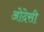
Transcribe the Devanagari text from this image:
ओदेसी